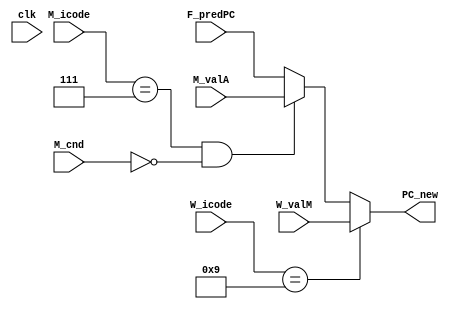
module select_PC(clk, F_predPC, W_valM, M_valA, M_icode, W_icode, M_cnd, PC_new);

input clk;
input M_cnd;
input [3:0] M_icode, W_icode;
input [63:0] F_predPC, W_valM, M_valA;


output reg [63:0] PC_new;

always @(*)
    begin
    
        if(W_icode==9)
        begin
            PC_new <= W_valM;
        end
        else if(M_icode==7 && !M_cnd)
        begin
            PC_new <= M_valA;
        end
        else
        begin
            PC_new <= F_predPC;
        end
    end

endmodule


module fetch (clk, F_pc, f_icode, f_ifun, f_rA, f_rB, f_valC, f_valP, f_stat, F_stat, predPC, instr_valid, imem_err, hlt);

input clk;
input [3:0] F_stat;
input [63:0] F_pc;

output reg [63:0] f_valP, predPC;
output reg [0:63] f_valC;
output reg [3:0] f_icode, f_ifun, f_rA, f_rB, f_stat;

output reg instr_valid, imem_err, hlt;


reg [7:0]  memory[0:1023]; // 1 KB
reg [0:79] instruction; // 0th bit is least significant



initial begin 

  // Instruction memory
 hlt = 0;
    // nop instruction
    memory[0]  = 8'b00010000;  
    memory[1]  = 8'b01100000; // Opq add
    memory[2]  = 8'b00000001; // rA = 0, rB = 1; 

    // irmovq instruction 
    memory[3]  = 8'b00110000; 
    memory[4]  = 8'b11110010; // F, rB = 2;
    memory[5]  = 8'b11111111; // 1st byte of V = 255, rest all bytes will be zero
    memory[6]  = 8'b00000000; // 2nd byte
    memory[7]  = 8'b00000000; // 3rd byte
    memory[8]  = 8'b00000000; // 4th byte
    memory[9]  = 8'b00000000; // 5th byte
    memory[10] = 8'b00000000; // 6th byte
    memory[11] = 8'b00000000; // 7th byte
    memory[12] = 8'b00000000; // 8th byte (This completes irmovq)

    memory[13]  = 8'b00010000; // nop instruction
    memory[14]  = 8'b00010000; // nop instruction
    memory[15]  = 8'b00010000; // nop instruction
    memory[16]  = 8'b00010000; // nop instruction

    // irmovq instruction 
    memory[17] = 8'b00110000; 
    memory[18] = 8'b11110011; // F, rB = 3;
    memory[19] = 8'b00000101; // 1st byte of V = 5, rest all bytes will be zero
    memory[20] = 8'b00000000; // 2nd byte
    memory[21] = 8'b00000000; // 3rd byte
    memory[22] = 8'b00000000; // 4th byte
    memory[23] = 8'b00000000; // 5th byte
    memory[24] = 8'b00000000; // 6th byte
    memory[25] = 8'b00000000; // 7th byte
    memory[26] = 8'b00000000; // 8th byte (This completes irmovq)

    memory[27]  = 8'b00010000; // nop instruction
    memory[28]  = 8'b00010000; // nop instruction
    memory[29]  = 8'b00010000; // nop instruction
    memory[30]  = 8'b00010000; // nop instruction

    // irmovq instruction 
    memory[31] = 8'b00110000; 
    memory[32] = 8'b11110100; // F, rB = 4;
    memory[33] = 8'b00000101; // 1st byte of V = 5, rest all bytes will be zero
    memory[34] = 8'b00000000; // 2nd byte
    memory[35] = 8'b00000000; // 3rd byte
    memory[36] = 8'b00000000; // 4th byte
    memory[37] = 8'b00000000; // 5th byte
    memory[38] = 8'b00000000; // 6th byte
    memory[39] = 8'b00000000; // 7th byte
    memory[40] = 8'b00000000; // 8th byte (This completes irmovq)

    memory[41]  = 8'b00010000; // nop instruction
    memory[42]  = 8'b00010000; // nop instruction
    memory[43]  = 8'b00010000; // nop instruction
    memory[44]  = 8'b00010000; // nop instruction

    memory[45] = 8'b00100000; // rrmovq 
    memory[46] = 8'b01000101; // rA = 4; rB = 5; 

    memory[47] = 8'b01100000; // Opq add 
    memory[48] = 8'b00110100; // rA = 3 and rB = 4, final value in rB(4) = 10;
    
    memory[49] = 8'b00000000; // halt


  end

always @*
begin
  imem_err=0;
  if (F_pc > 101) begin
   imem_err =1;
  end

  instruction = {
    memory[F_pc],
    memory[F_pc+1],
    memory[F_pc+2],
    memory[F_pc+3],
    memory[F_pc+4],
    memory[F_pc+5],
    memory[F_pc+6],
    memory[F_pc+7],
    memory[F_pc+8],
    memory[F_pc+9]
  };
  
  hlt = 64'd0;
  instr_valid = 1'd0;
  f_icode = instruction[0:3];
  f_ifun  = instruction[4:7];
  
  
  case(f_icode)

    //hlt
    4'h0  : begin
      hlt = 64'd1;
      f_valP= F_pc + 64'd1;
    end

    //nop
    4'h1	: f_valP= F_pc + 64'd1;

    /* cmovXX
      4'd0	: //rrmovq
      4'd1	: //cmovle
      4'd2	: //cmovl
      4'd3	: //cmove
      4'd4	: //cmovne
      4'd5	: //cmovge
      4'd6	: //cmovg */
    4'h2	: begin            
      f_rA = instruction[8:11];
      f_rB = instruction[12:15];
      f_valP =F_pc + 64'd2;
    end

    //irmovq
    4'h3	: begin
        f_rA = instruction[8:11];  // F
        f_rB = instruction[12:15]; 
        f_valC = {
          instruction[72:79],
          instruction[64:71],
          instruction[56:63],
          instruction[48:55],
          instruction[40:47],
          instruction[32:39],
          instruction[24:31],
          instruction[16:23]
        };
        f_valP = F_pc + 64'd10;
    end
    
    //rmmovq
    4'h4	: begin
      f_rA = instruction[8:11];
      f_rB = instruction[12:15]; 
      f_valC = {
        instruction[72:79],
        instruction[64:71],
        instruction[56:63],
        instruction[48:55],
        instruction[40:47],
        instruction[32:39],
        instruction[24:31],
        instruction[16:23]
      };
      f_valP = F_pc + 64'd10;
    end   

    //mrmovq  
    4'h5	: begin
      f_rA = instruction[8:11];
      f_rB = instruction[12:15]; 
      f_valC = {
        instruction[72:79],
        instruction[64:71],
        instruction[56:63],
        instruction[48:55],
        instruction[40:47],
        instruction[32:39],
        instruction[24:31],
        instruction[16:23]
      };
      f_valP = F_pc + 64'd10;
    end 
    
    /* opq
      4'd0	: //addq
      4'd1	: //subq
      4'd2	: //andq
      4'd3	: //xorq
      end*/
    4'h6	: begin
        f_rA[3:0] = instruction[8:11];
        f_rB[3:0] = instruction[12:15];
        f_valP = F_pc + 64'd2;
    end
      
    
    /* jump
      4'd0	: //jmp
      4'd1	: //jle
      4'd2	: //jl
      4'd3	: //je
      4'd4	: //jne
      4'd5	: //jge
      4'd6	: //jg*/
    4'h7	: begin
      f_valC = {
        instruction[64:71],
        instruction[56:63],
        instruction[48:55],
        instruction[40:47],
        instruction[32:39],
        instruction[24:31],
        instruction[16:23],
        instruction[8:15]
      };
      f_valP = F_pc + 64'd9;
    end 

    //call
    4'h8	: begin
      f_valC = {
        instruction[64:71],
        instruction[56:63],
        instruction[48:55],
        instruction[40:47],
        instruction[32:39],
        instruction[24:31],
        instruction[16:23],
        instruction[8:15]
      };
      f_valP = F_pc + 64'd9;
    end 

    4'h9  : f_valP = F_pc + 64'd1;//ret

    //pushq
    4'hA  :  begin            
      f_rA = instruction[8:11];
      f_rB = instruction[12:15];
      f_valP =F_pc + 64'd2;
    end

    //popq
    4'hB  :  begin            
      f_rA = instruction[8:11];
      f_rB = instruction[12:15];
      f_valP =F_pc + 64'd2;
    end
    
    default : instr_valid = 1'd1;
  endcase
  
end

// predicting next PC
always@(f_valP or f_valC or f_icode)
    begin
        if(f_icode == 7 || f_icode == 8)
            begin
                predPC = f_valC;
            end
        else
            begin
                predPC = f_valP;
            end
    end

endmodule